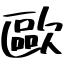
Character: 歐